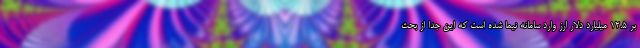
بر 12.5 میلیارد دلار ارز وارد سامانه نیما شده است که این جدا از بحث